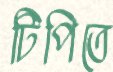
টিপিতে